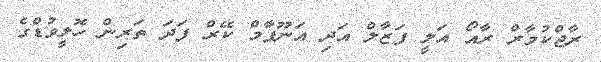
ރާޖްކުމާރް ރާއޯ އަލީ ފަޒާލް އަދި އަނޫޕާމް ކޭރް ފަދަ ތަރިން ހޮލީވުޑްގެ